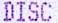
DISC